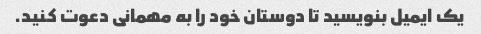
یک ایمیل بنویسید تا دوستان خود را به مهمانی دعوت کنید.